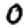
Digit: 0